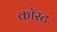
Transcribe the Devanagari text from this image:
कॉस्‍ट